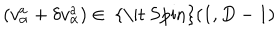
LaTeX: ( v _ { \alpha } ^ { { a } } + \delta v _ { \alpha } ^ { { a } } ) \in \mathrm { ~ { \it ~ S p i n } } ( 1 , D - 1 )